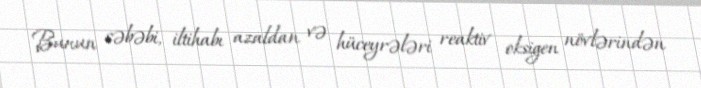
Bunun səbəbi, iltihabı azaldan və hüceyrələri reaktiv oksigen növlərindən